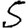
Digit: 5